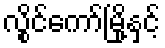
လွိုင်ကော်မြို့နှင့်